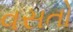
વસતો